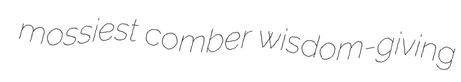
mossiest comber wisdom-giving